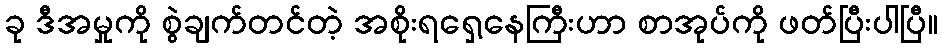
ခု ဒီအမှုကို စွဲချက်တင်တဲ့ အစိုးရရှေ့နေကြီးဟာ စာအုပ်ကို ဖတ်ပြီးပါပြီ။